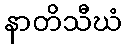
နာတိသီဃံ